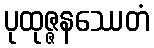
ပုထုဇ္ဇနဿေတံ